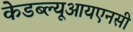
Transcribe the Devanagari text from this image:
केडब्ल्यूआयएनसी